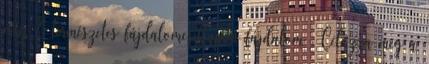
még 7 természetes fájdalomcsillapító fájdalom . Célozza meg a